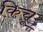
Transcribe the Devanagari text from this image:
किचू